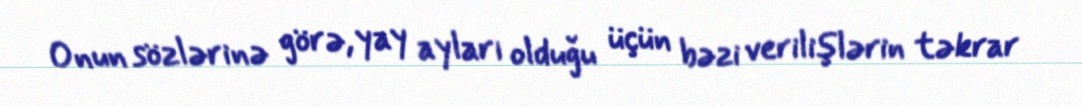
Onun sözlərinə görə, yay ayları olduğu üçün bəzi verilişlərin təkrar